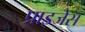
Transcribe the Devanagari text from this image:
प्राइजेस